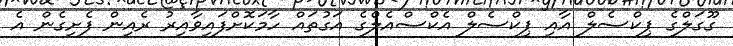
ގޫގަލްގެ ޕިކްސެލް އާއި ޕިކްސެލް އެކްސްއެލްގެ އަގުތައް ހާމަކޮށްފައިވާއިރު ރެއިން ފެށިގެން އެ